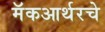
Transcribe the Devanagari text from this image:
मॅकआर्थरचे